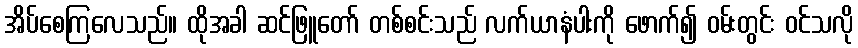
အိပ်စေကြလေသည်။ ထိုအခါ ဆင်ဖြူတော် တစ်စင်းသည် လက်ယာနံပါးကို ဖောက်၍ ဝမ်းတွင်း ဝင်သလို